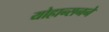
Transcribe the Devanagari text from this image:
योहान्सनने